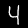
Digit: 4